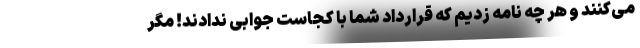
می‌کنند و هر چه نامه زدیم که قرارداد شما با کجاست جوابی ندادند! مگر